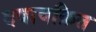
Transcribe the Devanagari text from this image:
दबावक्रित